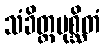
သံခိတ္တပုစ္ဆိတံ